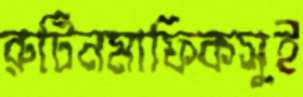
রুটিনমাফিকসুই